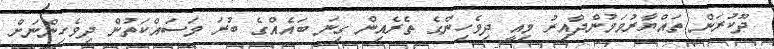
ދޫކުރަން ތައްޔާރުވަމުންދާއިރު މިއީ ދިވެހިންގެ ތެރެއިން ގިނަ ބައެއްގެ ބުރަ މަސައްކަތުން ދިވެހިންނަށް